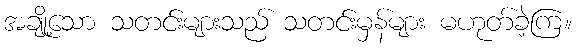
အချို့သော သတင်းများသည် သတင်းမှန်များ မဟုတ်ခဲ့ကြ။